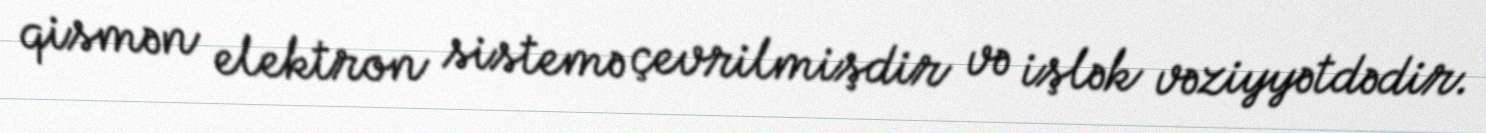
qismən elektron sistemə çevrilmişdir və işlək vəziyyətdədir.